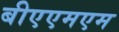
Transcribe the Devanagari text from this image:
बीएएमएम